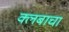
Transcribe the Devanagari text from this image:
क्लबाचा